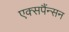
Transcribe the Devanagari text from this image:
एक्सपैंन्सन